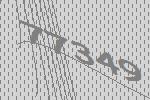
77349